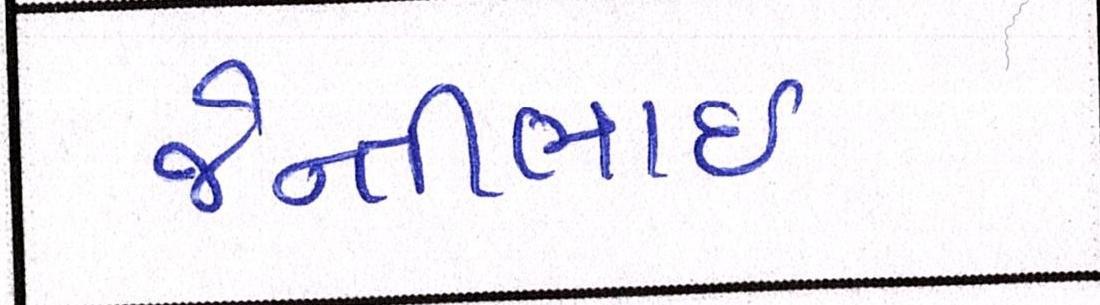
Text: જેન્તીભાઈ